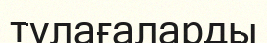
тұлағаларды